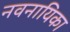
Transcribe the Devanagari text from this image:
नवनायिका